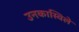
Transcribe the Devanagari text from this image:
उनकास्विले